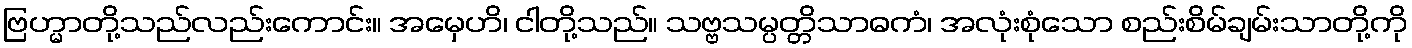
ဗြဟ္မာတို့သည်လည်းကောင်း။ အမှေဟိ၊ ငါတို့သည်။ သဗ္ဗသမ္ပတ္တိသာဓကံ၊ အလုံးစုံသော စည်းစိမ်ချမ်းသာတို့ကို